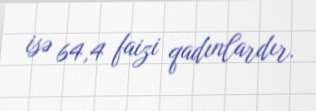
isə 64,4 faizi qadınlardır.